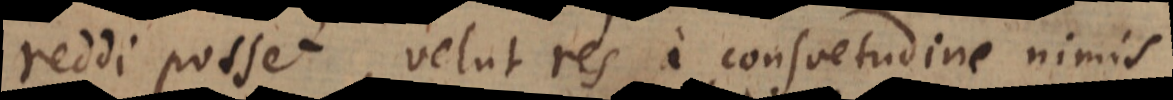
reddi posset, velut res a consuetudine nimis